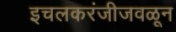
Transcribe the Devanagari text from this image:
इचलकरंजीजवळून